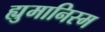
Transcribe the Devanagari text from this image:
ह्युमानिस्म